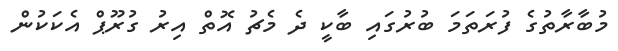
މުބާރާތުގެ ފުރަތަމަ ބުރުގައި ބާކީ ދެ މެޗު އޮތް އިރު ގުރޫޕް އެކަކުން